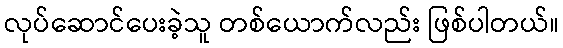
လုပ်ဆောင်ပေးခဲ့သူ တစ်ယောက်လည်း ဖြစ်ပါတယ်။